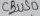
Text: CBUS0